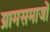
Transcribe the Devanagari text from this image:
ग्रामसमाजों